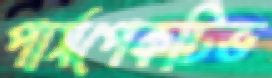
পার্সপেকটিভ